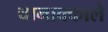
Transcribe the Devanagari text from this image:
चानाक्काले